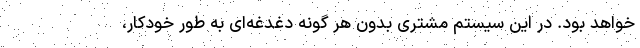
خواهد بود. در این سیستم مشتری بدون هر گونه دغدغه‌ای به طور خودکار،